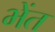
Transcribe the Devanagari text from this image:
भेंत